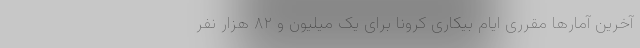
آخرین آمارها مقرری ایام بیکاری کرونا برای یک میلیون و ۸۲ هزار نفر